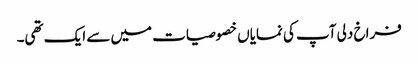
فراخ دلی آپ کی نمایاں خصوصیات میں سے ایک تھی۔